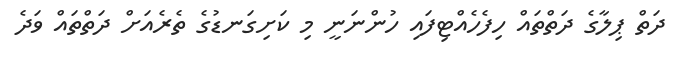
ދަތް ޕިލާގެ ދަތްތައް ހިފެހެއްޓިފައި ހުންނަނީ މި ކަށިގަނޑުގެ ތެރެއަށް ދަތްތައް ވަދެ